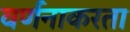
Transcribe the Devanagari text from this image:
वर्णनाकरता